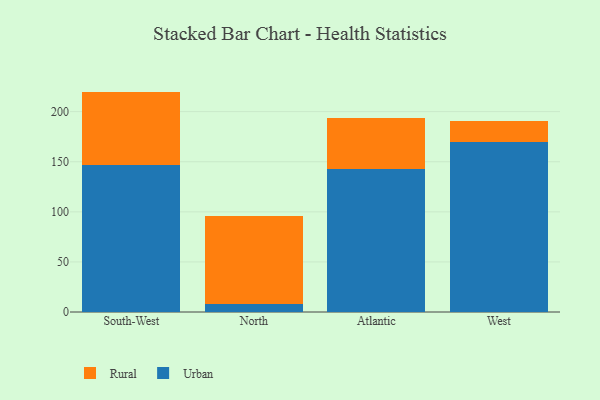
{"axis": {"x": "Region", "y": "Churn Rate (%)"}, "legend": ["Rural", "Urban"], "data": [{"x": "South-West", "y": 146.8, "type": "Urban"}, {"x": "South-West", "y": 73.2, "type": "Rural"}, {"x": "North", "y": 8.2, "type": "Urban"}, {"x": "North", "y": 87.9, "type": "Rural"}, {"x": "Atlantic", "y": 142.3, "type": "Urban"}, {"x": "Atlantic", "y": 51.7, "type": "Rural"}, {"x": "West", "y": 169.7, "type": "Urban"}, {"x": "West", "y": 21.4, "type": "Rural"}]}